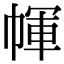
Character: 㡓